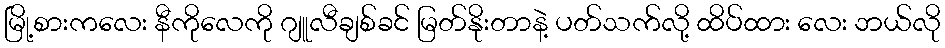
မြို့စားကလေး နီကိုလေကို ဂျူလီချစ်ခင် မြတ်နိုးတာနဲ့ ပတ်သက်လို့ ထိပ်ထား လေး ဘယ်လို